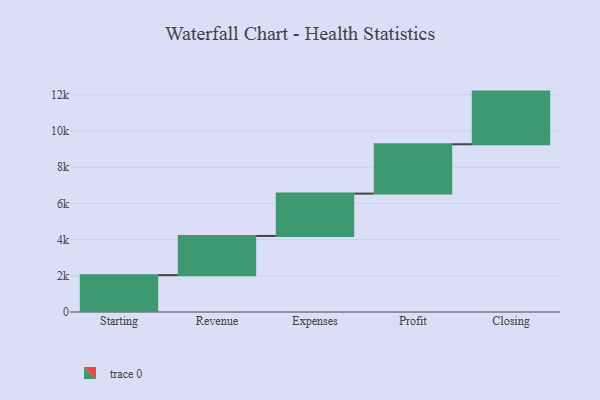
{"axis": {"x": "Step", "y": "Value"}, "legend": [""], "data": [{"x": "Starting", "y": 2035.0, "type": ""}, {"x": "Revenue", "y": 2165.0, "type": ""}, {"x": "Expenses", "y": 2339.0, "type": ""}, {"x": "Profit", "y": 2724.0, "type": ""}, {"x": "Closing", "y": 2909.0, "type": ""}]}